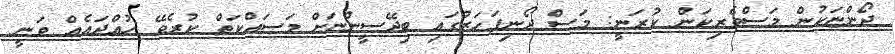
ދޯންޏަކުން މަސްވެރިކަން ކުރަނީ: މަސް ދޯނިފަހަރުގައި ބިދޭސީންނަށް މަސައްކަތް ކުރެވޭ ހުއްދައެއް ވަނީ